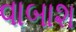
વાબાશ